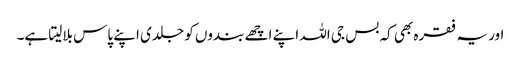
اور یہ فقرہ بھی کہ بس جی اللہ اپنے اچھے بندوں کو جلدی اپنے پاس بلالیتا ہے۔